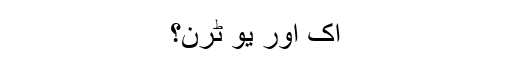
اک اور یُو ٹرن؟